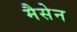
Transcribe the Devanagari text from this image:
मैसेन